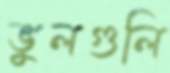
ভুলগুলি